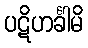
ပဋိဟင်္ခါမိ